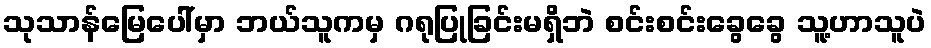
သုသာန်မြေပေါ်မှာ ဘယ်သူကမှ ဂရုပြုခြင်းမရှိဘဲ စင်းစင်းခွေခွေ သူ့ဟာသူပဲ